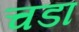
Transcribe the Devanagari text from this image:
चडा